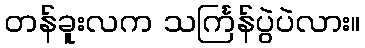
တန်ခူးလက သင်္ကြန်ပွဲပဲလား။